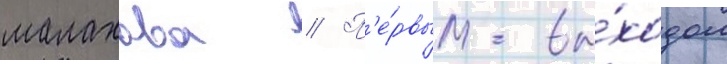
малахова // П'е́рвым вы́ходом